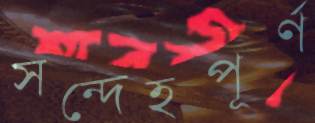
সন্দেহপূর্ণ